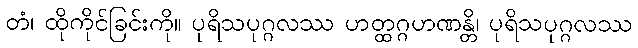
တံ၊ ထိုကိုင်ခြင်းကို။ ပုရိသပုဂ္ဂလဿ ဟတ္ထဂ္ဂဟဏန္တိ၊ ပုရိသပုဂ္ဂလဿ